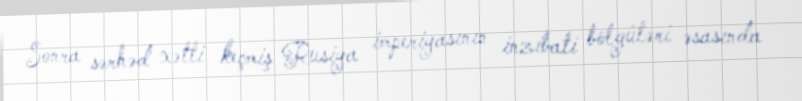
Sonra sərhəd xətti keçmiş Rusiya imperiyasının inzibati bölgüləri əsasında